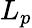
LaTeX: L_{p}